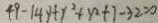
4 9 - 1 4 y + y ^ { 2 } + y ^ { 2 } + 1 - 3 2 = 0